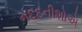
મદદનીશોએ